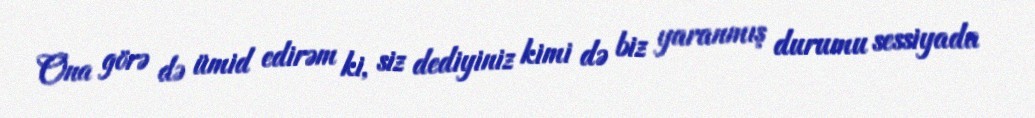
Ona görə də ümid edirəm ki, siz dediyiniz kimi də biz yaranmış durumu sessiyada